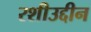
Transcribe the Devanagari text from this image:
रशीउद्दीन